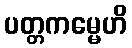
ပတ္တကမ္မေဟိ